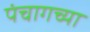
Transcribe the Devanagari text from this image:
पंचागच्या